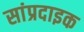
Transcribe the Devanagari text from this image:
सांप्रदाइक